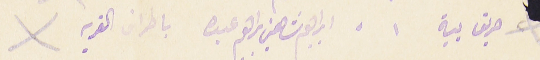
حريق بية ١  ابراهيم شاهين ابراهيم عبده باطراف القرية